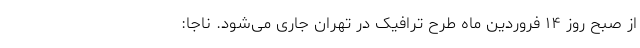
از صبح روز ۱۴ فروردین ماه طرح ترافیک در تهران جاری می‌شود. ناجا: